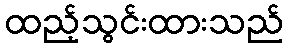
ထည့်သွင်းထားသည်